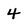
Character: 4